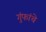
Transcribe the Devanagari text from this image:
गुंफांचे